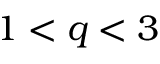
1 < q < 3